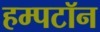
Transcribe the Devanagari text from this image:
हम्पटॉन